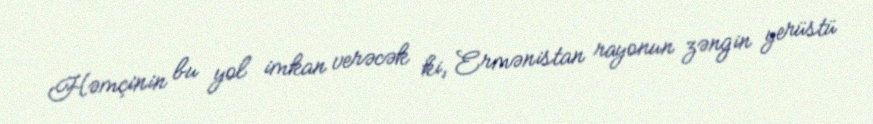
Həmçinin bu yol imkan verəcək ki, Ermənistan rayonun zəngin yerüstü